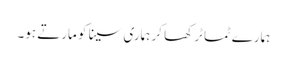
ہمارے ٹماٹر کھا کر ہماری سینا کو مارتے ہو۔